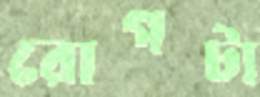
রোগটা